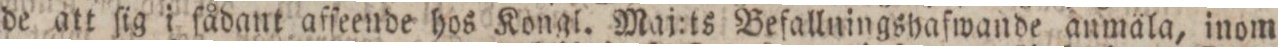
de att ſig i fådant affeende hos Kongl. Maj:ts Befallningshafwande anmala, inom